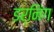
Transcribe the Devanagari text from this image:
डर्निंग